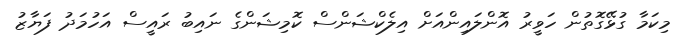
މިކަމާ ގުޅޭގޮތުން ހަވީރު އޮންލައިންއަށް އިލެކްޝަންސް ކޮމިޝަންގެ ނައިބު ރައީސް އަހުމަދު ފަޔާޒު